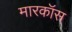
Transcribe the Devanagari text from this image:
मारकॉस